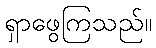
ရှာဖွေကြသည်။